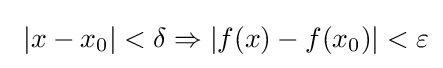
\displaystyle \ |x-x_{0}|<\delta \Rightarrow |f(x)-f(x_{0})|<\varepsilon